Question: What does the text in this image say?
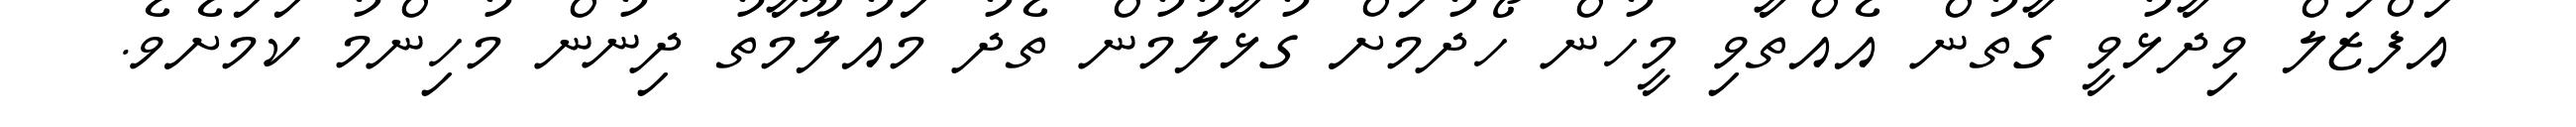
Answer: އަފްޒަލް ވިދާޅުވީ ގާތުން އެއްތާވި މީހުން ހޯދުމަށް ގުޅާލުމުން ތެދު މައުލޫމާތު ދިނުން މުހިންމު ކަމަށެވެ.